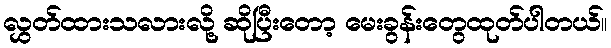
လွှတ်ထားသလားလို့ ဆိုပြီးတော့ မေးခွန်းတွေထုတ်ပါတယ်။